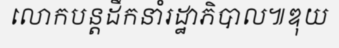
លោកបន្តដឹកនាំរដ្ឋាភិបាល៕ឌុយ